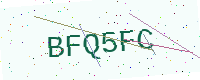
Text: BFQ5FC